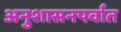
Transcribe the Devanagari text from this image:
अनुशासनपर्वात